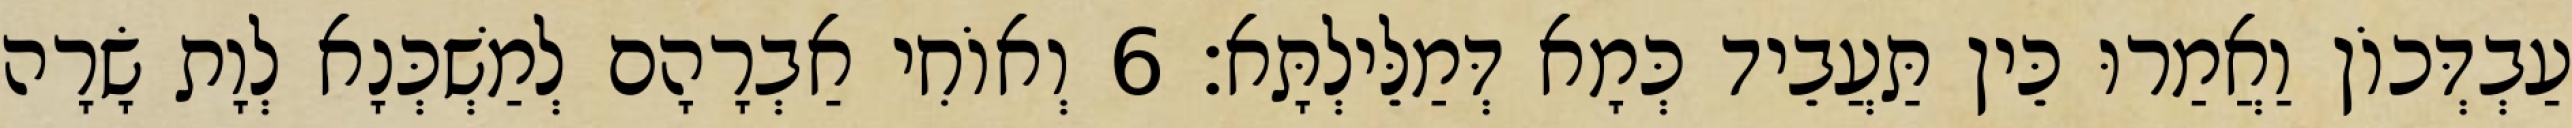
עַבְדְּכוֹן וַאֲמַרוּ כֵּין תַּעֲבֵיד כְּמָא דְּמַלֵּילְתָּא׃ 6 וְאוֹחִי אַבְרָהָם לְמַשְׁכְּנָא לְוָת שָׂרָה